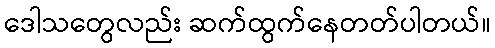
ဒေါသတွေလည်း ဆက်ထွက်နေတတ်ပါတယ်။